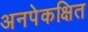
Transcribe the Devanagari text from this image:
अनपेकक्षित